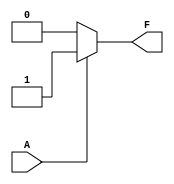
module single_variable_kmap (
    input wire A,          // Input variable
    output wire F         // Output variable
);

// Parameters to define the output for F(0) and F(1)
parameter F_0 = 1'b0;   // Output when A = 0
parameter F_1 = 1'b1;   // Output when A = 1

// Combinational logic based on the input A
assign F = (A == 1'b0) ? F_0 : F_1;

endmodule